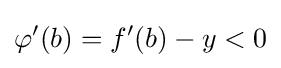
\varphi '(b)=f'(b)-y<0